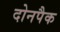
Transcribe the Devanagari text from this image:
दोनपैक